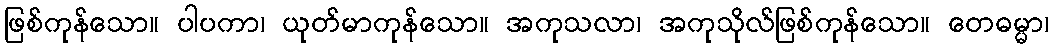
ဖြစ်ကုန်သော။ ပါပကာ၊ ယုတ်မာကုန်သော။ အကုသလာ၊ အကုသိုလ်ဖြစ်ကုန်သော။ တေဓမ္မာ၊